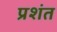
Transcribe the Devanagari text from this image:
प्रशंत